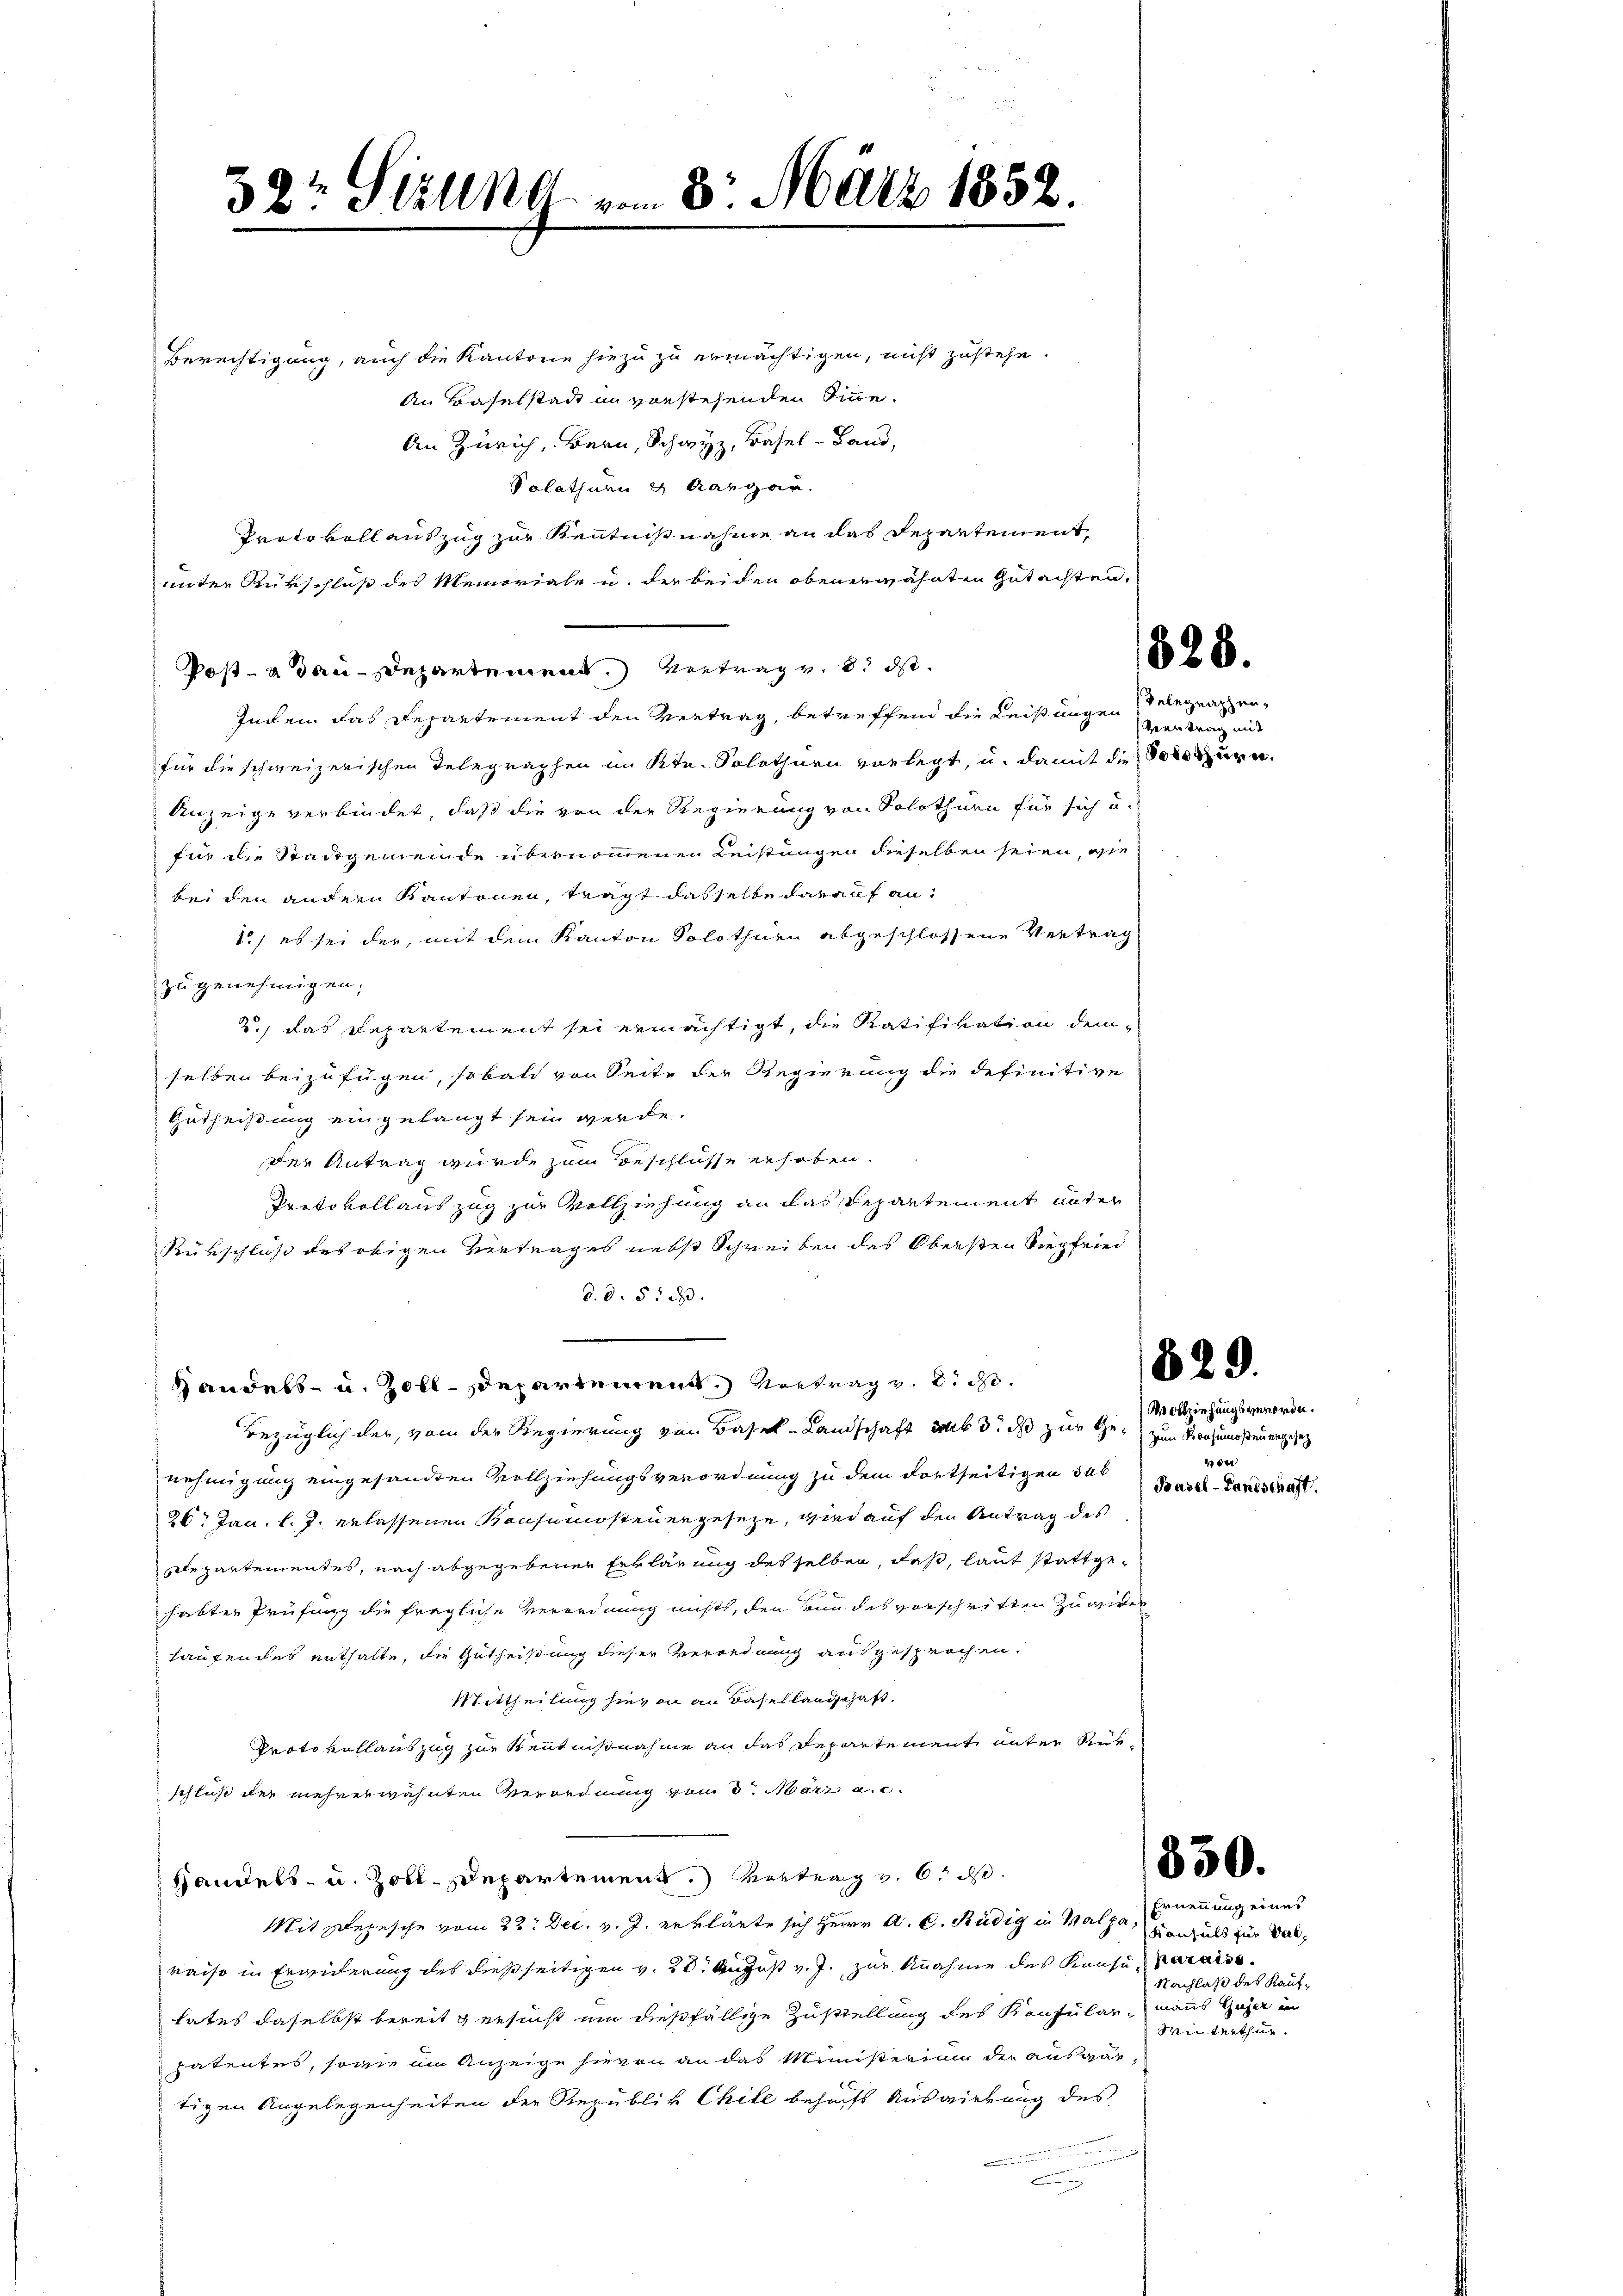
Berechtigung, auch die Kantone hiezu zu ermächtigen, nicht zustehe.
An Baselstadt in vorstehenden Sinne¬
An Zürich, Bern, Schwyz, Basel-Land,
Solothur & Aargau.
Protokoll auszug zur Kenntnißnahme an das Departement,
unter Rükschluß des Memoriale u. der beiden obenerwähnten Gutachten.
Post- u Bau-Departement. Vertrag v. 8. ds.
Indem das Departement den Vertrag, betreffend die Leistungen
für die schweizerischen Telegraphen im Ktn. Solothurn vorlegt, u. damit die Solothurn.
Anzeige verbindet, daß die von der Regierung von Solothurn für sich u.
für die Stadtgemeinde übernommenen Leistungen dieselben seien, wie
bei den andern Kantonen, tragt dasselbe darauf an¬
1.) es sei der, mit dem Kanton Solothurn abgeschlossene Vertrag
zu genehmigen;
2.) das Departement sei ermächtigt, die Ratifikation demselben beizufügen, sobald von Seite der Regierung die definitive
Gutheißung eingelangt sein werde.
der Antrag wurde zum Beschlüsse erhoben.
Protokoll auszug zur Vollziehung an das Repartement unter
Rükschluß des obigen Vertrages nebst Schreiben des Obersten Siegfried
d. d. 5. d.

bezüglich der, von der Regierung von Basel-Landschaft mit 3. das zur Ge- zum Konsumsteuergesez
nehmigung eingesandten Vollziehungsverordnung zu dem dortseitigen sub
26. Jan. l. J. erlassenen Konsumsteuergeseze, wird auf den Antrag des
Departementes, nach abgegebener Erklärung des selben, daß, laut stattge¬

habten Prüfung die fragliche Verordnung nichts, den kann des verschriften zu wider
tautendes enthalte, die Gutheißung dieser Verordnung ausgesprochen.
Mittheilung hievon an dasellandschaft.
Proto vollauszug zur Kenntnisnahme an das Departement unter Rükschluß der mehrerwähnten Verordnung vom 3. März a.c.
Handels- u. Zolldepartement. Vertrag v. 6. d.
Mit Depesche vom 22. Dec. v. J. erklärte sich Herrn A. C. Rudig in Walpa, Ernennung eines
raiso in Erwiderung des dießseitigen v. 20. August v. J. zur Knahme des Kausa, paraiso
tates daselbst bereit gesucht um dießfällige Zustellung des Konsularpatentes, sowie im Anzeige hievon an das Ministerium der ausgär-
tigen Angelegenheiten der Republik Chile behufs Auswirkung des
u

Handels- u. Zoll-Departement. Vortrag v. 8. d.

39 Fälle vom 8. März 1852.

828.

Gelegraphen,
Vertrag mit

829.

Wollziehungsverordn.
on
Basel-Landschaft.

850.

Kanzels für Val¬
Nachlaß des Kaufmanns Gujer in
Winterthur.